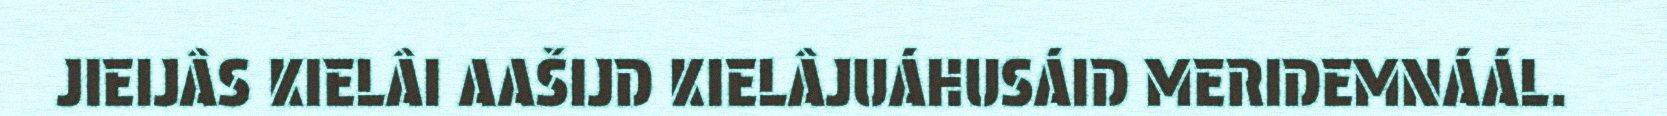
JIEIJÂS KIELÂI AAŠIJD KIELÂJUÁHUSÁID MERIDEMNÁÁL.